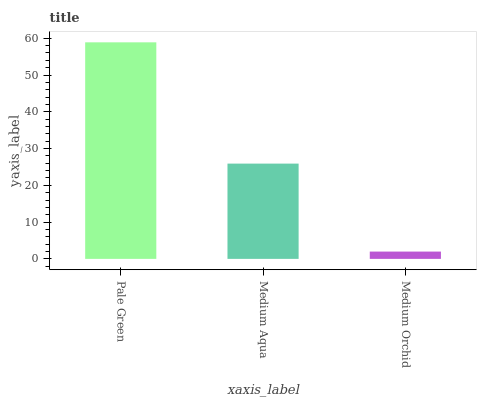
| xaxis_label | bars |
 | --- | --- |
 | Pale Green | 58.9 |
 | Medium Aqua | 25.9 |
 | Medium Orchid | 1.99 |